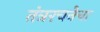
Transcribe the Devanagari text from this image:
तंत्ररचनेचा